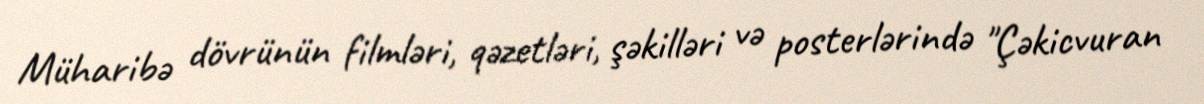
Müharibə dövrünün filmləri, qəzetləri, şəkilləri və posterlərində "Çəkicvuran